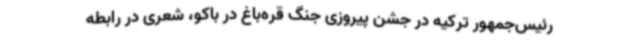
رئیس‌جمهور ترکیه در جشن پیروزی جنگ قره‌باغ در باکو، شعری در رابطه